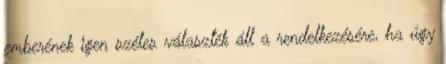
emberének igen széles választék áll a rendelkezésére, ha úgy